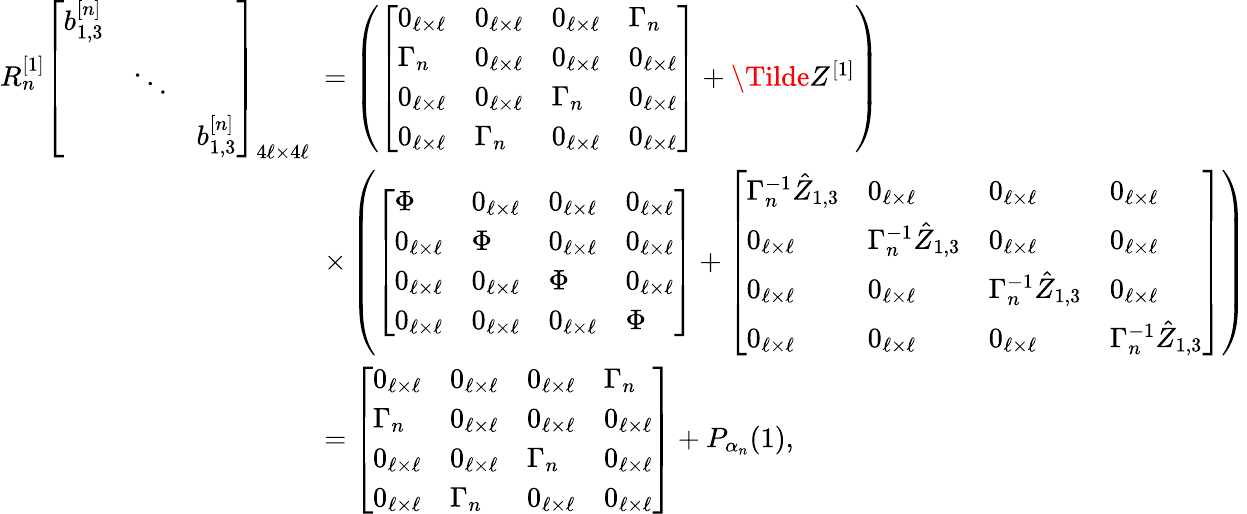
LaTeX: \begin{array}{rl}{R_{n}^{[1]}\left[\begin{array}{lll}{b_{1,3}^{[n]}}&&\\ &{\ddots}&\\ &&{b_{1,3}^{[n]}}\end{array}\right]_{4\ell\times 4\ell}\! \! \! }&{=\left(\left[\begin{array}{llll}{0_{\ell\times\ell}}&{0_{\ell\times\ell}}&{0_{\ell\times\ell}}&{\Gamma_{n}}\\ {\Gamma_{n}}&{0_{\ell\times\ell}}&{0_{\ell\times\ell}}&{0_{\ell\times\ell}}\\ {0_{\ell\times\ell}}&{0_{\ell\times\ell}}&{\Gamma_{n}}&{0_{\ell\times\ell}}\\ {0_{\ell\times\ell}}&{\Gamma_{n}}&{0_{\ell\times\ell}}&{0_{\ell\times\ell}}\end{array}\right]+\Tilde{Z}^{[1]}\right)}\\ &{\times\left(\left[\begin{array}{llll}{\Phi}&{0_{\ell\times\ell}}&{0_{\ell\times\ell}}&{0_{\ell\times\ell}}\\ {0_{\ell\times\ell}}&{\Phi}&{0_{\ell\times\ell}}&{0_{\ell\times\ell}}\\ {0_{\ell\times\ell}}&{0_{\ell\times\ell}}&{\Phi}&{0_{\ell\times\ell}}\\ {0_{\ell\times\ell}}&{0_{\ell\times\ell}}&{0_{\ell\times\ell}}&{\Phi}\end{array}\right]+\left[\begin{array}{llll}{\Gamma_{n}^{-1}\hat{Z}_{1,3}}&{0_{\ell\times\ell}}&{0_{\ell\times\ell}}&{0_{\ell\times\ell}}\\ {0_{\ell\times\ell}}&{\Gamma_{n}^{-1}\hat{Z}_{1,3}}&{0_{\ell\times\ell}}&{0_{\ell\times\ell}}\\ {0_{\ell\times\ell}}&{0_{\ell\times\ell}}&{\Gamma_{n}^{-1}\hat{Z}_{1,3}}&{0_{\ell\times\ell}}\\ {0_{\ell\times\ell}}&{0_{\ell\times\ell}}&{0_{\ell\times\ell}}&{\Gamma_{n}^{-1}\hat{Z}_{1,3}}\end{array}\right]\right)}\\ &{=\left[\begin{array}{llll}{0_{\ell\times\ell}}&{0_{\ell\times\ell}}&{0_{\ell\times\ell}}&{\Gamma_{n}}\\ {\Gamma_{n}}&{0_{\ell\times\ell}}&{0_{\ell\times\ell}}&{0_{\ell\times\ell}}\\ {0_{\ell\times\ell}}&{0_{\ell\times\ell}}&{\Gamma_{n}}&{0_{\ell\times\ell}}\\ {0_{\ell\times\ell}}&{\Gamma_{n}}&{0_{\ell\times\ell}}&{0_{\ell\times\ell}}\end{array}\right]+P_{\alpha_{n}}(1),}\end{array}